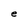
Character: e